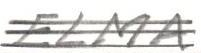
ELMA